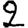
Digit: 2